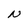
Character: N